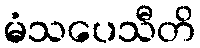
မံသပေသီတိ